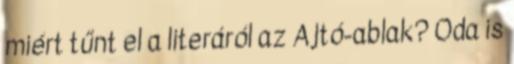
miért tűnt el a literáról az Ajtó-ablak? Oda is